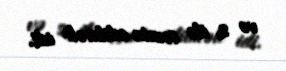
və s. ilə təmin edilməli idi.